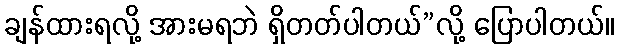
ချန်ထားရလို့ အားမရဘဲ ရှိတတ်ပါတယ်”လို့ ပြောပါတယ်။